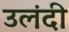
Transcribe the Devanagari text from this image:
उलंदी